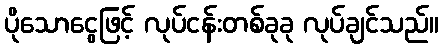
ပိုသောငွေဖြင့် လုပ်ငန်းတစ်ခုခု လုပ်ချင်သည်။